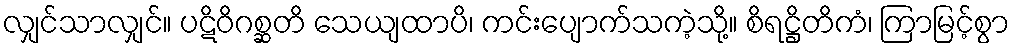
လျှင်သာလျှင်။ ပဋိဝိဂစ္ဆတိ သေယျထာပိ၊ ကင်းပျောက်သကဲ့သို့။ စိရဋ္ဌိတိကံ၊ ကြာမြင့်စွာ